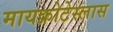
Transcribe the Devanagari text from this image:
मायक्रोटेस्लास